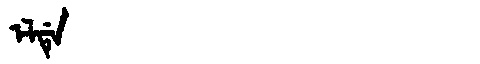
Manchu: ᡝᠯᡩᡝ
Romanization: ELDE